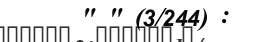
" " (3/244) :